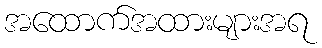
အထောက်အထားများအရ